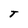
Character: T